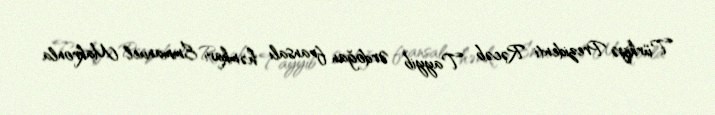
Türkiyə Prezidenti Rəcəb Tayyib Ərdoğan fransalı həmkarı Emmanuel Makronla